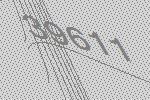
39611